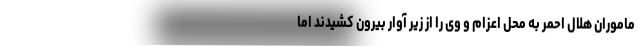
ماموران هلال احمر به محل اعزام و وی را از زیر آوار بیرون کشیدند اما